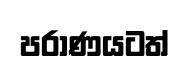
පරාණයටත්